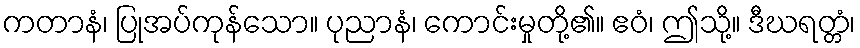
ကတာနံ၊ ပြုအပ်ကုန်သော။ ပုညာနံ၊ ကောင်းမှုတို့၏။ ဧဝံ၊ ဤသို့။ ဒီဃရတ္တံ၊